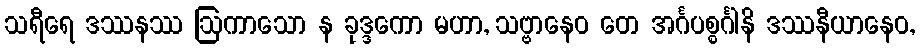
သရီရေ ဒဿနဿ ဩကာသော န ခုဒ္ဒကော မဟာ, သဗ္ဗာနေဝ တေ အင်္ဂပစ္စင်္ဂါနိ ဒဿနီယာနေဝ,